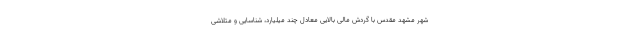
شهر مشهد مقدس با گردش مالی بالایی معادل چند میلیارد، شناسایی و متلاشی